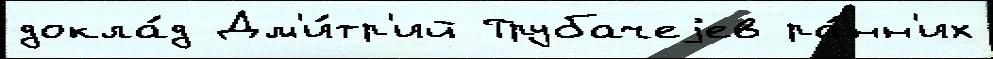
докла́д Дм'и́тр'ий Трубачеjев ра́нн'их